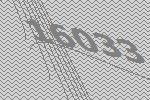
16033